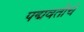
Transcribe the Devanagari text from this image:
पद्मवतीचे